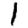
Digit: 1